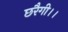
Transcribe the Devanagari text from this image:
छरैगी।।